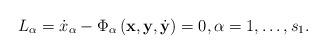
LaTeX: \begin{align*}L_\alpha=\dot{x}_\alpha-\Phi_\alpha \left(\textbf{x},\textbf{y},\dot{\textbf{y}}\right)=0,\alpha=1,\ldots,s_1.\end{align*}